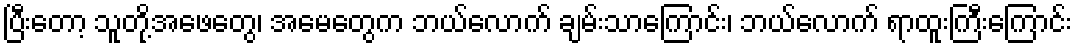
ပြီးတော့ သူတို့အဖေတွေ၊ အမေတွေက ဘယ်လောက် ချမ်းသာကြောင်း၊ ဘယ်လောက် ရာထူးကြီးကြောင်း